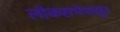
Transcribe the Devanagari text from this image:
लोकसभेपासून